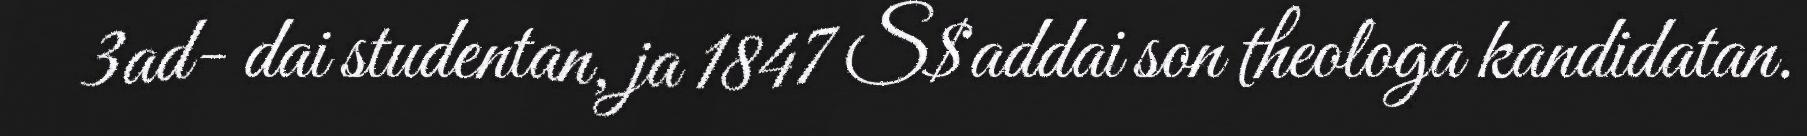
3ad- dai studentan, ja 1847 S$addai son theologa kandidatan.